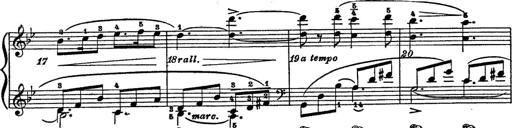
Title: 6 Polish Songs
Composer: Franz Liszt